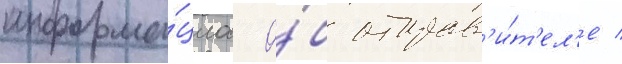
информа́циа о́б отправ'и́т'ел'е /